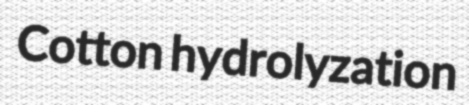
Cotton hydrolyzation